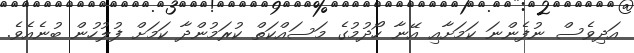
އަދިވެސް ނުފެންނަ ކަމަށާއި އޭނާ ހޯދުމުގެ މަސައްކަތް ކުރަމުންދާ ކަމަށް ފުލުހުން ބުނެއެވެ.